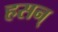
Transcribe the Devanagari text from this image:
हसन्